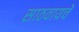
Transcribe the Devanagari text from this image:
साठवायचे